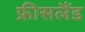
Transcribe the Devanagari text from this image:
फ्रीसलैंड